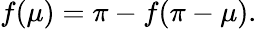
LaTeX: f(\mu)=\pi-f(\pi-\mu).